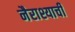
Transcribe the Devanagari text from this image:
नैराश्याची